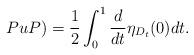
LaTeX: \begin{align*} \index(PuP)=\frac{1}{2}\int_0^1\frac{d}{dt}\eta_{D_t}(0)dt. \end{align*}